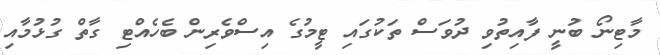
މާޓިނޯ ބުނީ ފާއިތުވި ދުވަސް ތަކުގައި ޓީމުގެ އިސްވެރިން ބެހެއްޓި ގާތް ގުޅުމާއި